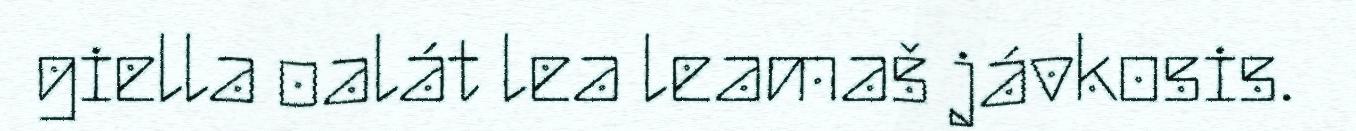
giella oalát lea leamaš jávkosis.